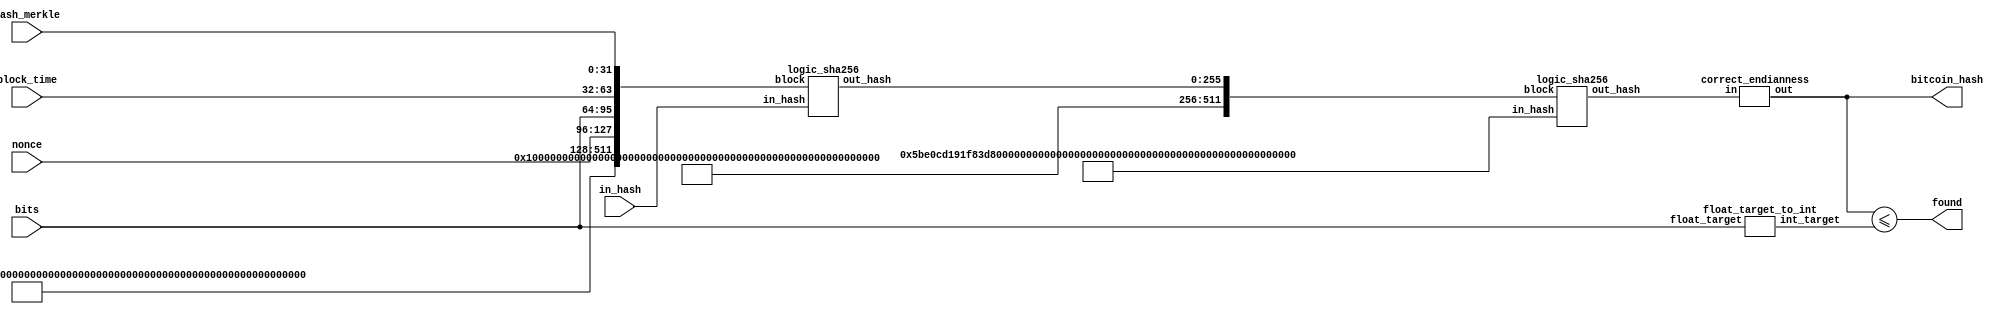
/* 
 * Do not change Module name 
 module bitcoin_test(input [255:0] in_hash,
                    input [31:0] hash_merkle, //Last (or first depending on endianness) word of merkle hash
                    input [31:0] block_time,
                    input [31:0] bits,
                    input [31:0] nonce,
                    output found,
                    output [511:0] test);
*/
module main;

    //The hash for the first block of the first sha digest
    reg [255:0] in_hash;
    reg [31:0] merkle;
    reg [31:0] block_time;
    reg [31:0] bits;
    reg [31:0] nonce;

    wire found;
    wire [255:0] bitcoin_hash;


    bitcoin_test bt0 (in_hash, merkle, block_time, bits, nonce, found, bitcoin_hash);

    wire [255:0] target;

    float_target_to_int fti0 (bits, target);

    initial  begin
    
        in_hash <= 256'h7a78da2dcd5bce692f56a9da07e86e372d2810a016e669ba05c567139524c593;
        merkle <= 32'hf1fc122b;
        block_time <= 32'hc7f5d74d;
        bits <= 32'hf2b9441a;
        nonce <= 32'h42a14695;

        #20 
        $display("Hash  : %h", bitcoin_hash);
        $display("Target: %h", target);
        $display("Result: %s (%b)", found ? "Nonce found" : "Incorrect nonce", found);

        if (found) begin
            $display("Nonce: %h %d", nonce, nonce);    
        end
        
    end
endmodule

// Logic to extend the last 16 words into a 17th
module extend_word(input [31:0] w2,
                        input [31:0] w7,
                        input [31:0] w15,
                        input [31:0] w16,
                        output [31:0] extension);

    wire [31:0] s0;
    wire [31:0] s1;

    assign s0 = { w15[6:0], w15[31:7] } ^ { w15[17:0], w15[31:18] } ^ (w15 >> 3);
    assign s1 = { w2[16:0], w2[31:17] } ^ { w2[18:0], w2[31:19] } ^ (w2 >> 10);
    
    assign extension = w16 + s0 + w7 + s1;
               
endmodule
                        

// Complete one round of compression using the input hash, expanded message schedule array and the round constants 
module compression_round(input [31:0] w,
                        input [31:0] k,
                        input [255:0] input_hash,
                        output [255:0] output_hash);
         
    wire [31:0] a;
    wire [31:0] b;
    wire [31:0] c;
    wire [31:0] d;
    wire [31:0] e;
    wire [31:0] f;
    wire [31:0] g;
    wire [31:0] h;
    
    wire [31:0] S1;
    wire [31:0] ch;
    wire [31:0] temp1;
    wire [31:0] S0;
    wire [31:0] maj;
    wire [31:0] temp2;

    assign a = input_hash[31:0];
    assign b = input_hash[63:32];
    assign c = input_hash[95:64];
    assign d = input_hash[127:96];
    assign e = input_hash[159:128];
    assign f = input_hash[191:160];
    assign g = input_hash[223:192];
    assign h = input_hash[255:224];
    
    assign S1 = { e[5:0], e[31:6] } ^ { e[10:0], e[31:11] } ^ { e[24:0], e[31:25] };
    assign ch = (e & f) ^ (~e & g);
    assign temp1 = h + S1 + ch + w + k;
    
    assign S0 = { a[1:0], a[31:2] } ^ { a[12:0], a[31:13] } ^ { a[21:0], a[31:22] };
    assign maj = (a & b) ^ (a & c) ^ (b & c);
    assign temp2 = S0 + maj;
    
    assign output_hash = { g, f, e, d + temp1, c, b, a, temp1 + temp2 };
                        
endmodule

// Take a 512 bit input block and extend it to 2048 bits
module extend_message(input [511:0] block,
            output [2047:0] message);

        //Copy the first 16 words to the message schedule
        assign message[511:0] = block[511:0];
        
        //Extend the first 16 words to the remaining 48 words
        genvar i;
        generate
            for (i = 16; i < 64; i = i + 1) begin : extend_generate
                extend_word el1 (.w2(message[(i - 2) * 32 + 31:(i - 2) * 32 + 0]), 
                                    .w7(message[(i - 7) * 32 + 31:(i - 7) * 32 + 0]), 
                                    .w15(message[(i - 15) * 32 + 31:(i - 15) * 32 + 0]), 
                                    .w16(message[(i - 16) * 32 + 31:(i - 16) * 32 + 0]), 
                                    .extension(message[(i) * 32 + 31:(i) * 32 + 0]));
            end
        endgenerate
        
   
endmodule

module compression(input [2047:0] w,
                    input [255:0] in_hash,
                    output [255:0] out_hash);
                     
    // Space for 64 hashes (one input hash plus the 64 computed hashes)
    // The 65th hash is the output hash
    wire [16639:0] intermediate_hashes;
    
    assign intermediate_hashes[255:0] = in_hash;
    
    //Add the input hash to the final intermediate hash. This has to be done one word at a time, to avoid
    //cary over from one word to the next
    assign out_hash[0 * 32 + 31:0 * 32 + 0] = intermediate_hashes[0 * 32 + 16384 + 31:0 * 32 + 16384] + in_hash[0 * 32 + 31:0 * 32 + 0];
    assign out_hash[1 * 32 + 31:1 * 32 + 0] = intermediate_hashes[1 * 32 + 16384 + 31:1 * 32 + 16384] + in_hash[1 * 32 + 31:1 * 32 + 0];
    assign out_hash[2 * 32 + 31:2 * 32 + 0] = intermediate_hashes[2 * 32 + 16384 + 31:2 * 32 + 16384] + in_hash[2 * 32 + 31:2 * 32 + 0];
    assign out_hash[3 * 32 + 31:3 * 32 + 0] = intermediate_hashes[3 * 32 + 16384 + 31:3 * 32 + 16384] + in_hash[3 * 32 + 31:3 * 32 + 0];
    assign out_hash[4 * 32 + 31:4 * 32 + 0] = intermediate_hashes[4 * 32 + 16384 + 31:4 * 32 + 16384] + in_hash[4 * 32 + 31:4 * 32 + 0];
    assign out_hash[5 * 32 + 31:5 * 32 + 0] = intermediate_hashes[5 * 32 + 16384 + 31:5 * 32 + 16384] + in_hash[5 * 32 + 31:5 * 32 + 0];
    assign out_hash[6 * 32 + 31:6 * 32 + 0] = intermediate_hashes[6 * 32 + 16384 + 31:6 * 32 + 16384] + in_hash[6 * 32 + 31:6 * 32 + 0];
    assign out_hash[7 * 32 + 31:7 * 32 + 0] = intermediate_hashes[7 * 32 + 16384 + 31:7 * 32 + 16384] + in_hash[7 * 32 + 31:7 * 32 + 0];
    
    
    
    //assign intermediate_hashes[255:0] = out_hash;
    
    wire [2047:0] k;
    
    assign k = 2048'hc67178f2bef9a3f7a4506ceb90befffa8cc7020884c8781478a5636f748f82ee682e6ff35b9cca4f4ed8aa4a391c0cb334b0bcb52748774c1e376c0819a4c116106aa070f40e3585d6990624d192e819c76c51a3c24b8b70a81a664ba2bfe8a192722c8581c2c92e766a0abb650a735453380d134d2c6dfc2e1b213827b70a851429296706ca6351d5a79147c6e00bf3bf597fc7b00327c8a831c66d983e515276f988da5cb0a9dc4a7484aa2de92c6f240ca1cc0fc19dc6efbe4786e49b69c1c19bf1749bdc06a780deb1fe72be5d74550c7dc3243185be12835b01d807aa98ab1c5ed5923f82a459f111f13956c25be9b5dba5b5c0fbcf71374491428a2f98;
    
    
    
    genvar i;
    generate
        for (i = 1; i < 65; i = i + 1) begin : compression_generate
            compression_round cl0 (
                .w(w[(i-1) * 32 + 31:(i-1) * 32 + 0]),
                .k(k[(i-1) * 32 + 31:(i-1) * 32 + 0]),
                .input_hash(intermediate_hashes[(i-1) * 256 + 255:(i-1) * 256 + 0]),
                .output_hash(intermediate_hashes[(i) * 256 + 255:(i) * 256 + 0]));
        end
    endgenerate

endmodule

//A pure logic (no storage) implementation of the SHA256 algorithm
module logic_sha256(input [255:0] in_hash,
                    input [511:0] block,
                    output [255:0] out_hash);
                    
    wire [2047:0] message;
    
    extend_message es0 (
        .block(block),
        .message(message));
        
    compression c0 (
        .w(message),
        .in_hash(in_hash),
        .out_hash(out_hash));

endmodule

//Convert the 4-byte floating point target into a 256-bit integer target
module float_target_to_int(input [31:0] float_target,
                            output [255:0] int_target);
              
    wire [7:0] exponent;
    wire [23:0] mantissa;

    assign exponent = float_target[7:0];
    assign mantissa = { float_target[15:8], float_target[23:16], float_target[31:24] };

    assign int_target = (mantissa << ((exponent - 3) * 8));
   
endmodule

//The endianness of the logic_sha256 module is not quite right. So until we figure out out, we just use this module to correct it
module correct_word(input [31:0] in,
                    output [31:0] out);

    assign out = { in[7:0], in[15:8], in[23:16], in[31:24] };

endmodule

module correct_endianness(input [255:0] in,
                            output [255:0] out);
    
    genvar i;
    generate
        for (i = 0; i < 8; i = i + 1) begin : correct_generate
            correct_word cw0 (in[i * 32 + 31:i*32], out[i * 32 + 31:i*32]);
        end
    endgenerate

endmodule

// A module with very few inputs/outputs for the logic_sha256 function
module small_test(input [31:0] message,
            output [31:0] hash);
            
    wire [511:0] m; 
    wire [255:0] in_hash;
    wire [255:0] out_hash;
            
    assign m = { 480'h000000000000000000000000000000000000000000000000000000000000000000000000000000000000000000000000000000000000000000000000, message };  
    
    assign in_hash = 256'h5be0cd191f83d9ab9b05688c510e527fa54ff53a3c6ef372bb67ae856a09e667;   
    
    logic_sha256 ls0 (.in_hash(in_hash), .block(m), .out_hash(out_hash));
    
    assign hash = out_hash[31:0];
            
endmodule

// Takes an in_hash (the hash from the first block) and the other bitcoin block attributes and determines whether the block is mined based on the nonce
module bitcoin_test(input [255:0] in_hash,
                    input [31:0] hash_merkle, //Last (or first depending on endianness) word of merkle hash
                    input [31:0] block_time,
                    input [31:0] bits,
                    input [31:0] nonce,
                    output found,
                    output [255:0] bitcoin_hash);
         
    wire [511:0] sha_block;
    wire [511:0] sha_block_2;
    wire [255:0] first_hash;
    wire [255:0] _final_hash;
    wire [255:0] final_hash;
    
    wire [255:0] integer_target;
    
    //Concatenate the hash_merkle, block_time, bits and nonce with the appropriate SHA-256 padding
    assign sha_block = { 384'h000002800000000000000000000000000000000000000000000000000000000000000000000000000000000080000000, nonce, bits, block_time, hash_merkle };
    
    //Calculate the first hash
    logic_sha256 ls0 (.in_hash(in_hash), .block(sha_block), .out_hash(first_hash));
    
    //Concatenate the first_hash with the  appropriate SHA-256 padding
    assign sha_block_2 = { 256'h0000010000000000000000000000000000000000000000000000000080000000, first_hash };
    
    //Calculate the second hash
    logic_sha256 ls1 (
        .in_hash(256'h5be0cd191f83d9ab9b05688c510e527fa54ff53a3c6ef372bb67ae856a09e667), 
        .block(sha_block_2), 
        .out_hash(_final_hash));

    //Temporary way to correct endianness
    correct_endianness ce0 (_final_hash, final_hash);
        
    // Convert the target from the 32-bit floating format into the 256-bit integer format
    float_target_to_int fti0 (.float_target(bits), .int_target(integer_target));
    
    //If the hash is less than the target, then we have found a suitable nonce
    assign found = final_hash <= integer_target;

    assign bitcoin_hash = final_hash;
                    
endmodule
                    
// A bank of 8 bitcoin_test modules in parallel
module bitcoin_tests_8(input [255:0] in_hash,
                        input [31:0] hash_merkle, //Last (or first depending on endianness) word of merkle hash
                        input [31:0] block_time,
                        input [31:0] bits,
                        input [31:0] nonce,
                        output [7:0] found);

    wire [255:0] nonces;

    assign nonces[0 * 32 + 31:0 * 32 + 0] = nonce + 0;
    assign nonces[1 * 32 + 31:1 * 32 + 0] = nonce + 1;
    assign nonces[2 * 32 + 31:2 * 32 + 0] = nonce + 2;
    assign nonces[3 * 32 + 31:3 * 32 + 0] = nonce + 3;
    assign nonces[4 * 32 + 31:4 * 32 + 0] = nonce + 4;
    assign nonces[5 * 32 + 31:5 * 32 + 0] = nonce + 5;
    assign nonces[6 * 32 + 31:6 * 32 + 0] = nonce + 6;
    assign nonces[7 * 32 + 31:7 * 32 + 0] = nonce + 7;

    genvar i;
    generate 
        for (i = 0; i < 8; i = i + 1)  begin : bus_generate
            bitcoin_test bt0 (.in_hash(in_hash), .hash_merkle(hash_merkle), .block_time(block_time), .bits(bits), .nonce(nonces[i * 32 + 31:i * 32 + 0]), .found(found[i]), .bitcoin_hash());
        end
    endgenerate

endmodule